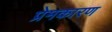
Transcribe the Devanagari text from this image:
प्रेमकारण